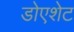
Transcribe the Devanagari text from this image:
डोएशेट